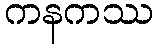
ကနကဿ